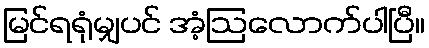
မြင်ရရုံမျှပင် အံ့ဩလောက်ပါပြီ။